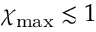
\chi _ { \mathrm { m a x } } \lesssim 1